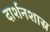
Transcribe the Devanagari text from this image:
दार्शनशास्र